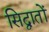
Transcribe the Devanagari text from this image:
सिद्वातों